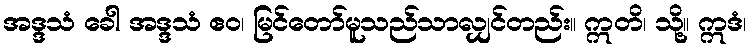
အဒ္ဒသံ ခေါ အဒ္ဒသံ ဧဝ၊ မြင်တော်မူသည်သာလျှင်တည်း။ ဣတိ၊ သို့။ ဣဒံ၊